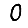
Digit: 0